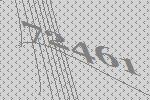
72461